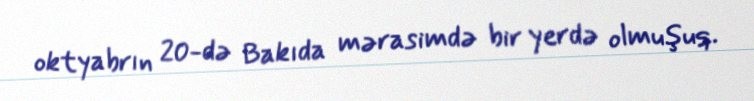
oktyabrın 20-də Bakıda mərasimdə bir yerdə olmuşuq.